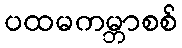
ပထမကမ္ဘာစစ်